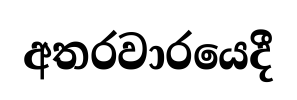
අතරවාරයෙදී